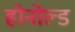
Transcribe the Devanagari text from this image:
होनोल्ड